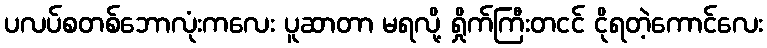
ပလပ်စတစ်ဘောလုံးကလေး ပူဆာတာ မရလို့ ရှိုက်ကြီးတငင် ငိုရတဲ့ကောင်လေး